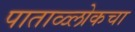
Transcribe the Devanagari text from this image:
पाताळ्लोकचा